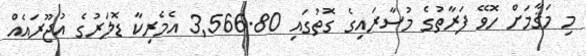
މި މަޤާމަށް ހޮވޭ ފަރާތުގެ މުސާރައިގެ ގޮތުގައި 3